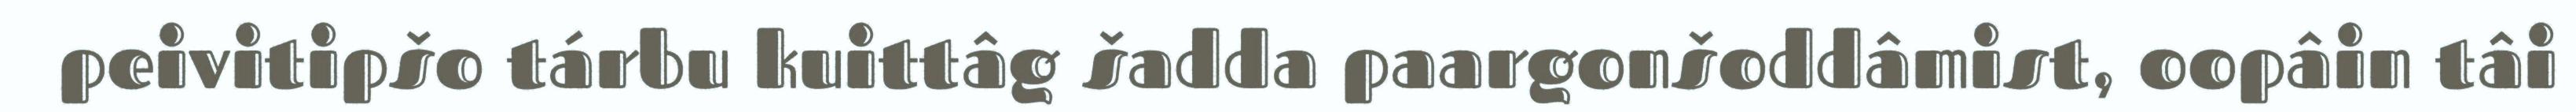
peivitipšo tárbu kuittâg šadda paargonšoddâmist, oopâin tâi